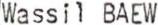
Wassil BAEW